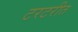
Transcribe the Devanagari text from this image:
टरटरीत